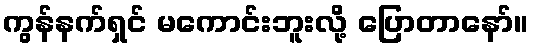
ကွန်နက်ရှင် မကောင်းဘူးလို့ ပြောတာနော်။